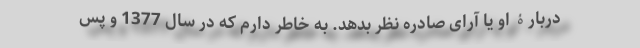
دربارۀ او یا آرای صادره نظر بدهد. به خاطر دارم که در سال 1377 و پس